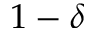
1 - \delta